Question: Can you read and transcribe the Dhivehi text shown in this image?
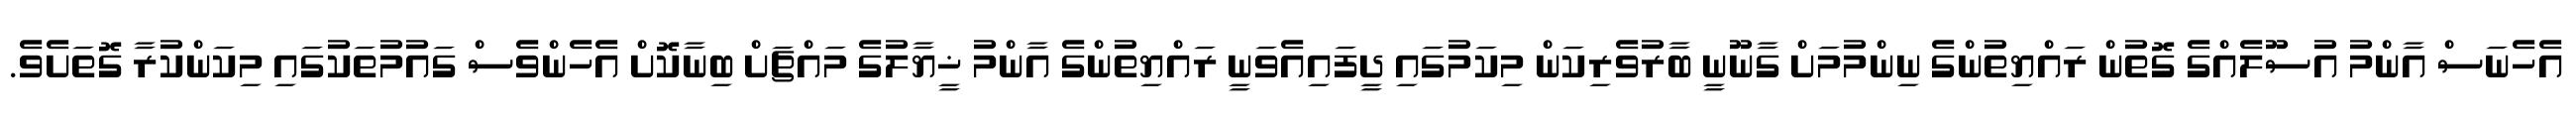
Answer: އެހެނަސް އާންމު އުސޫލެއްގެ ގޮތުން ރައްޔިތުންގެ ނިންމުމަށް ގާނޫނީ ބާރުވެރިކަން މިކަމުގައި ދީފައިއެވަނީ ރައްޔިތުންގެ އާންމު ޚީޔާލުގެ މައްޗަށް ބިނާކޮށް އެހެންވެސް ގައުމުތަކުގައި މިކަންކުރާ ގޮތަށެވެ.